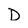
Character: D